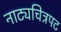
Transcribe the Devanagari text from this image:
नाट्यचित्रपट